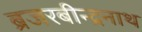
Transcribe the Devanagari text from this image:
ब्रजरबीन्द्रनाथ